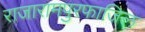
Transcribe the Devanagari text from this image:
राजारामपुरफाजिल